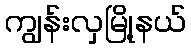
ကျွန်းလှမြို့နယ်